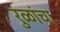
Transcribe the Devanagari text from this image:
रुळांचा